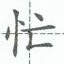
忙